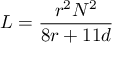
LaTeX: L = { \frac { r ^ { 2 } N ^ { 2 } } { 8 r + 1 1 d } }